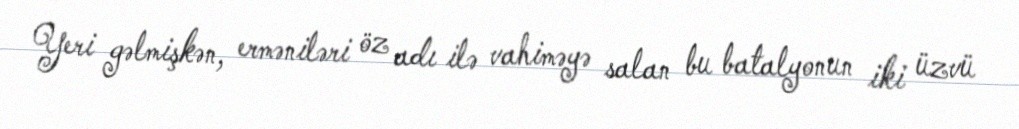
Yeri gəlmişkən, erməniləri öz adı ilə vahiməyə salan bu batalyonun iki üzvü